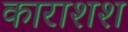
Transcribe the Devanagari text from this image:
काराशश